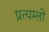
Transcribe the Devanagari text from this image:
प्रत्यम्लों